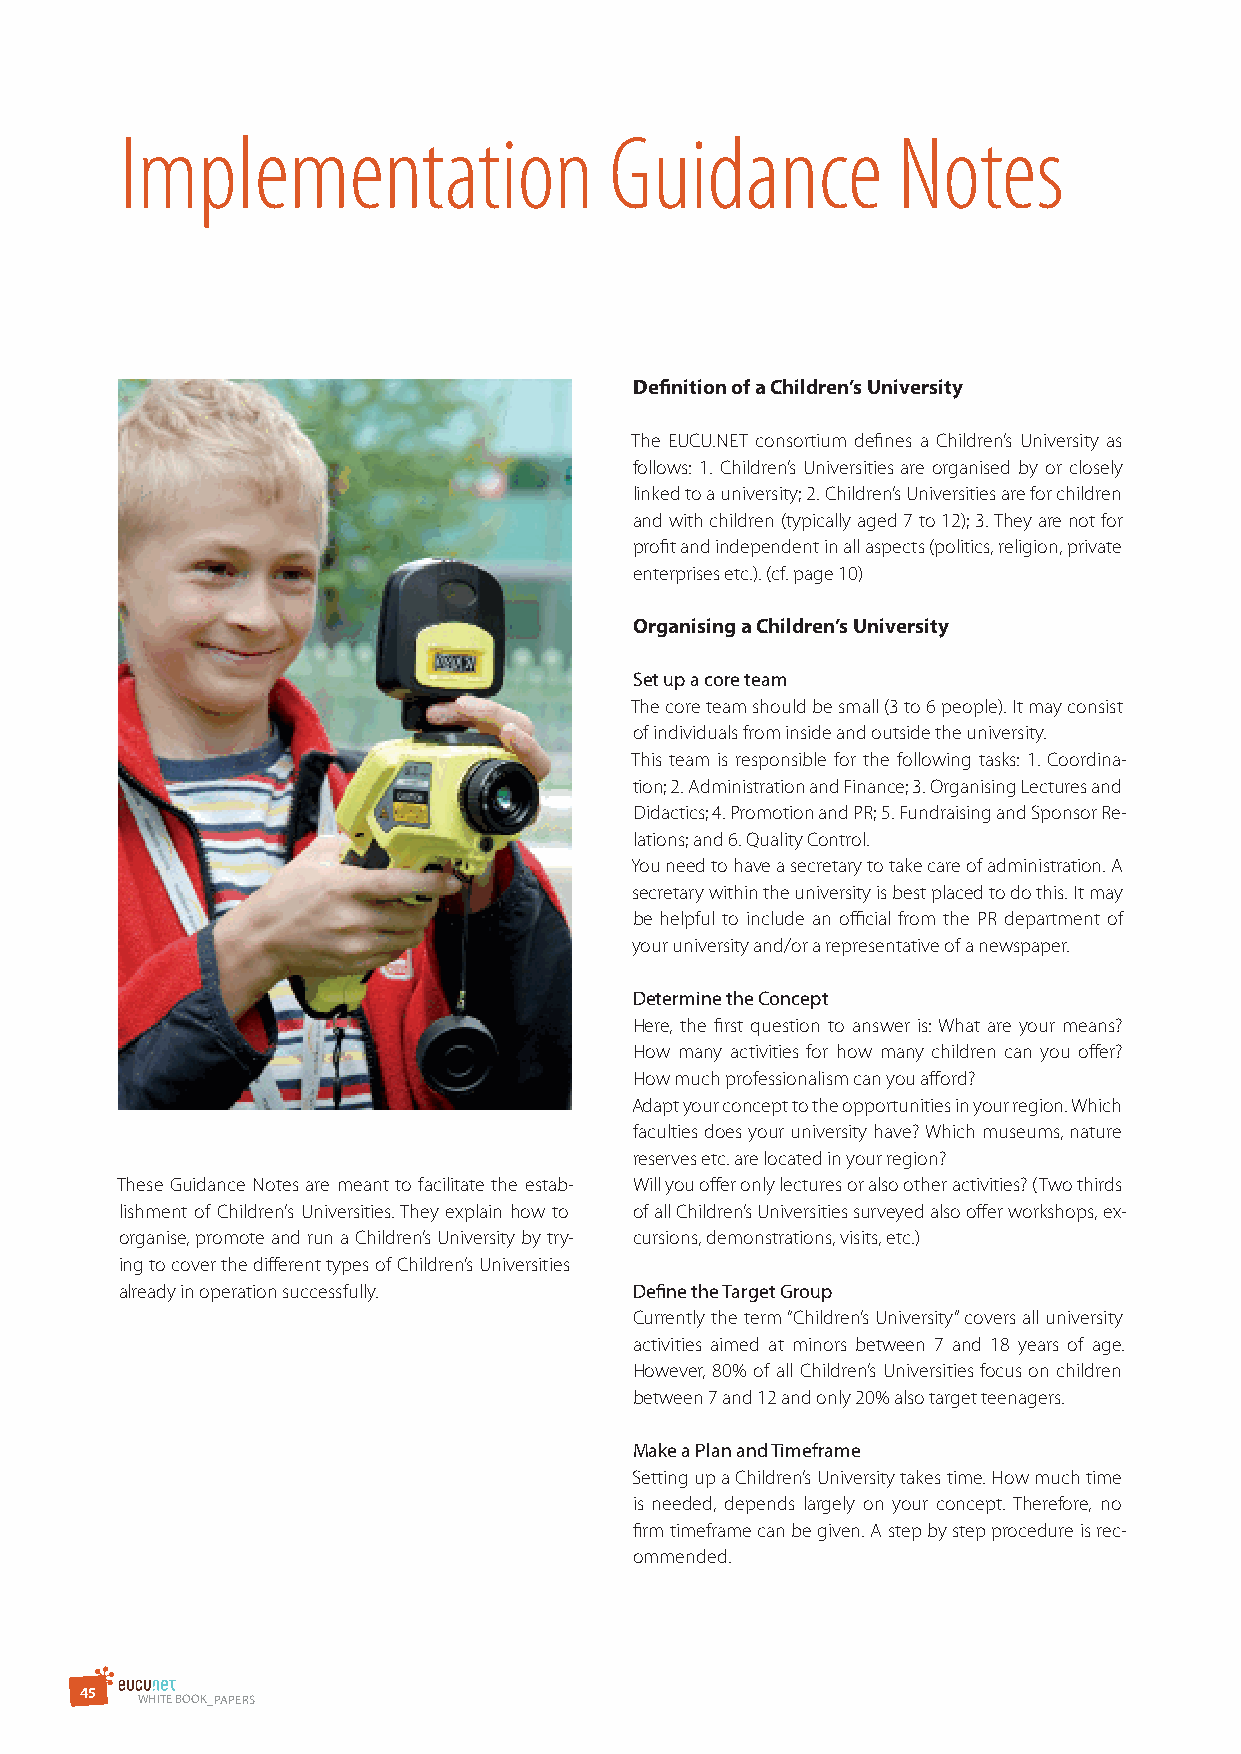
Implementation                  Guidance           Notes
 definition of a Children’s University
 The EUCU.NET consortium defines a Children’s University as
 follows: 1. Children’s Universities are organised by or closely
 linked to a university; 2. Children’s Universities are for children
 and with children (typically aged 7 to 12); 3. They are not for
 profit and independent in all aspects (politics, religion, private
 enterprises etc.). (cf. page 10)
 organising a Children’s University
 set up a core team
 The core team should be small (3 to 6 people). It may consist
 of individuals from inside and outside the university.
 This team is responsible for the following tasks: 1. Coordina-
 tion; 2. Administration and Finance; 3. Organising Lectures and
 Didactics; 4. Promotion and PR; 5. Fundraising and Sponsor Re-
 lations; and 6. Quality Control.
 You need to have a secretary to take care of administration. A
 secretary within the university is best placed to do this. It may
 be helpful to include an official from the PR department of
 your university and/or a representative of a newspaper.
 determine the Concept
 Here, the first question to answer is: What are your means?
 How many activities for how many children can you offer?
 How much professionalism can you afford?
 Adapt your concept to the opportunities in your region. Which
 faculties does your university have? Which museums, nature
 reserves etc. are located in your region?
 These Guidance Notes are meant to facilitate the estab- Will you offer only lectures or also other activities? (Two thirds
 lishment of Children’s Universities. They explain how to of all Children’s Universities surveyed also offer workshops, ex-
 organise, promote and run a Children’s University by try- cursions, demonstrations, visits, etc.)
 ing to cover the different types of Children’s Universities
 already in operation successfully. define the Target Group
 Currently the term “Children’s University” covers all university
 activities aimed at minors between 7 and 18 years of age.
 However, 80% of all Children’s Universities focus on children
 between 7 and 12 and only 20% also target teenagers.
 Make a Plan and Timeframe
 Setting up a Children’s University takes time. How much time
 is needed, depends largely on your concept. Therefore, no
 firm timeframe can be given. A step by step procedure is rec-
 ommended.
 4 5
 WHITE BOOK_PAPErs